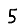
Digit: 5